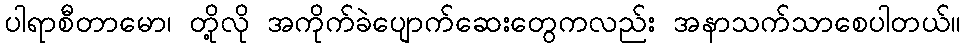
ပါရာစီတာမော၊ တို့လို အကိုက်ခဲပျောက်ဆေးတွေကလည်း အနာသက်သာစေပါတယ်။